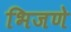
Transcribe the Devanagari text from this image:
भिजणे